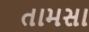
તામસા